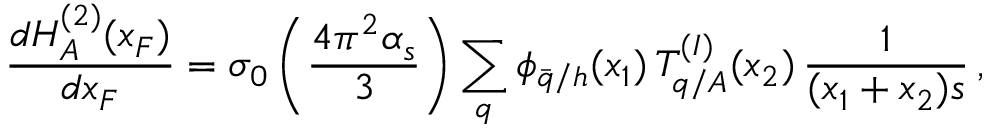
\frac { d H _ { A } ^ { ( 2 ) } ( x _ { F } ) } { d x _ { F } } = \sigma _ { 0 } \left( \frac { 4 \pi ^ { 2 } \alpha _ { s } } { 3 } \right) \sum _ { q } \phi _ { \bar { q } / h } ( x _ { 1 } ) \, T _ { q / A } ^ { ( I ) } ( x _ { 2 } ) \, \frac { 1 } { ( x _ { 1 } + x _ { 2 } ) s } \, ,